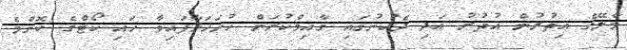
މާލޭގެ އިތުރުން އުތުރު އަދި ދެކުނުގައި ގާއިމްކުރަން ހުށަހަޅާފައިވާ ހައި ކޯޓްގެ ކޮންމެ